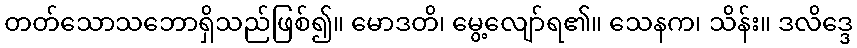
တတ်သောသဘောရှိသည်ဖြစ်၍။ မောဒတိ၊ မွေ့လျော်ရ၏။ သေနက၊ သိန်း။ ဒလိဒ္ဒေ